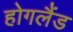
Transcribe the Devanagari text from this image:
होगलैंड